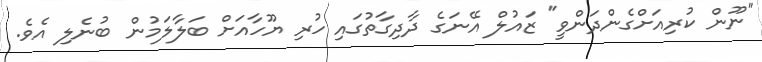
"ނޫން ކުރިއަށްގެންދަންވީ" ޒައުލް އޭނަގެ ދާދިގާތުގައި ހުރި ޔޫހާއަށް ބަލާލަމުން ބުނެލި އެވެ.